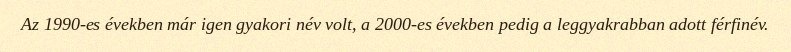
Az 1990-es években már igen gyakori név volt, a 2000-es években pedig a leggyakrabban adott férfinév.